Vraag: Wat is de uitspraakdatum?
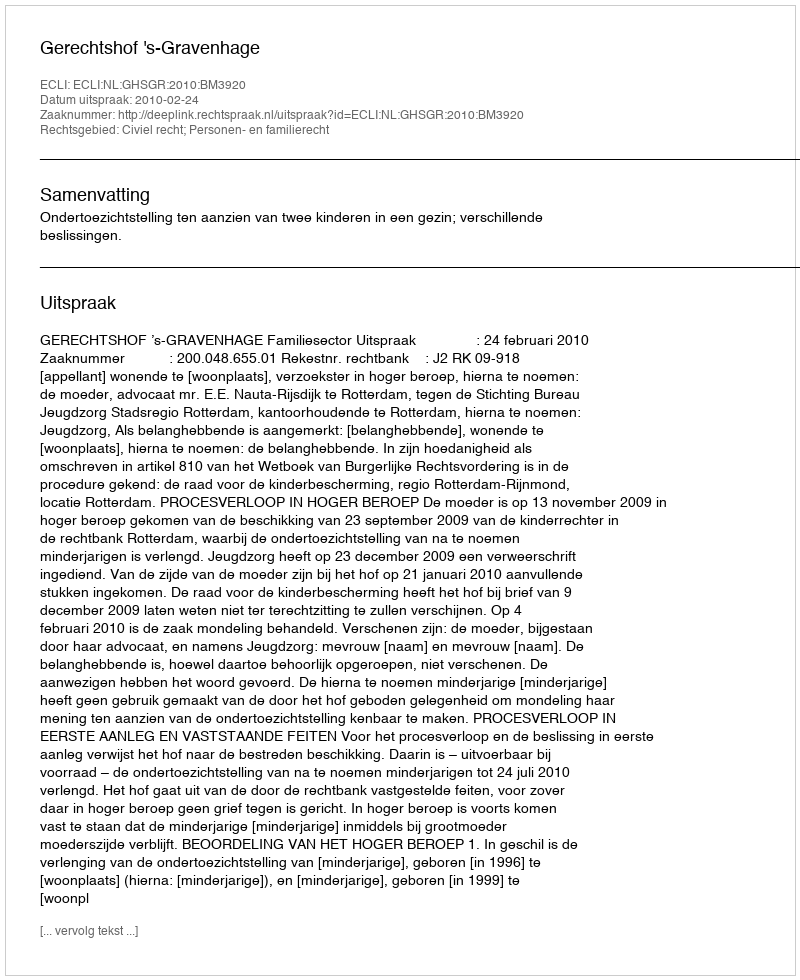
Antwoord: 2010-02-24